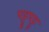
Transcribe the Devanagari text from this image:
पट्टूपट्टू